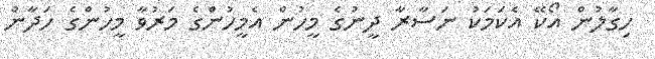
ހިގާލުން އޯކޭ އެކަމަކު ނަސާރާ ދީނުގެ މީހުން އެމީހުންގެ މަރުވާ މީހުންގެ ހަދާން